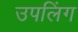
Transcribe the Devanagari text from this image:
उपलिंग